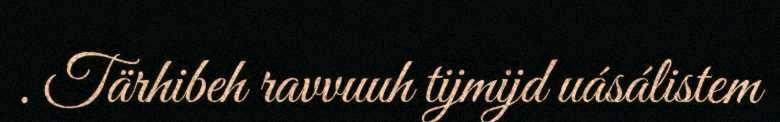
. Tärhibeh ravvuuh tijmijd uásálistem